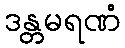
ဒန္တမရဏံ